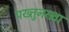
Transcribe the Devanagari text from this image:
पख्तुनख्वा